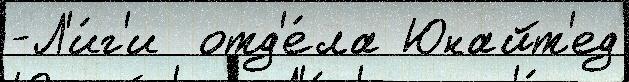
-Л'и́г'и  отд'е́ла Юнайт'ед